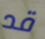
قد